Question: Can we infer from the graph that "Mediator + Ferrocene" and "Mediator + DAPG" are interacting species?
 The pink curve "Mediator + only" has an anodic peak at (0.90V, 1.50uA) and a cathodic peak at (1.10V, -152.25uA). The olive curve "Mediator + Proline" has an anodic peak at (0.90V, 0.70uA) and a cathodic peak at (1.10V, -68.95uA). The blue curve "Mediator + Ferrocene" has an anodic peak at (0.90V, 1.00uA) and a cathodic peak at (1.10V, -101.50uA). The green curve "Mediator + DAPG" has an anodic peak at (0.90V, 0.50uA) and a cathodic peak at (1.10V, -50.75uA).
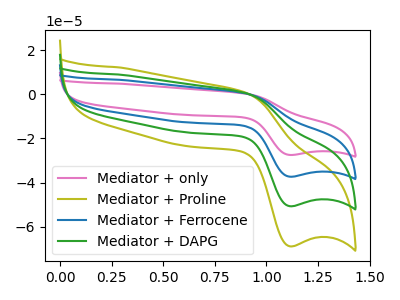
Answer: <think>All the peaks in "Mediator + Ferrocene" have a peak in "Mediator + DAPG" at the same potential. Every peak in "Mediator + Ferrocene" is higher than every peak in "Mediator + DAPG".
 </think>
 <answer>No, "Mediator + Ferrocene" and "Mediator + DAPG" don't appear to be significantly different in shape</answer>
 <eval>no_change</eval>